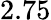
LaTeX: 2.75